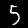
Digit: 5